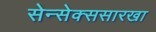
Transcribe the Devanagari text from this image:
सेन्सेक्ससारखा